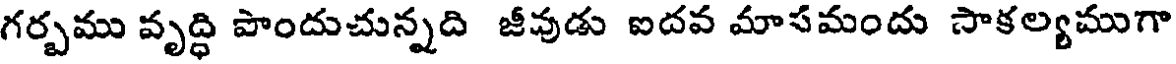
గర్బము వృద్ధి పొందుచున్నది జీవుడు ఐదవ మాసమందు సాకల్యముగా